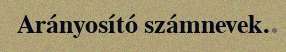
Arányosító számnevek.